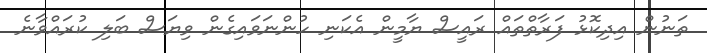
ތަނުން އިދިކޮޅު ފަރާތްތައް ރައީސް ޔާމީން އެކަނި ހުންނަވައިގެން ވިޔަސް ބަލި ކުރައްވާނެ